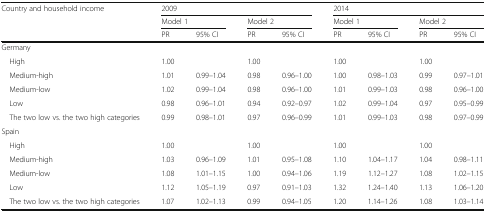
| <ROWSPAN=3> Country and household income | <COLSPAN=4> 2009 | <COLSPAN=4> 2014 |
 | <COLSPAN=2> Model 1 | <COLSPAN=2> Model 2 | <COLSPAN=2> Model 1 | <COLSPAN=2> Model 2 |
 | PR | 95% CI | PR | 95% CI | PR | 95% CI | PR | 95% CI |
 | --- | --- | --- | --- | --- | --- | --- | --- | --- |
 | <COLSPAN=9> Germany |
 | High | 1.00 |  | 1.00 |  | 1.00 |  | 1.00 |  |
 | Medium-high | 1.01 | 0.99–1.04 | 0.98 | 0.96–1.00 | 1.00 | 0.98–1.03 | 0.99 | 0.97–1.01 |
 | Medium-low | 1.02 | 0.99–1.04 | 0.98 | 0.96–1.00 | 1.01 | 0.99–1.03 | 0.98 | 0.96–1.00 |
 | Low | 0.98 | 0.96–1.01 | 0.94 | 0.92–0.97 | 1.02 | 0.99–1.04 | 0.97 | 0.95–0.99 |
 | The two low vs. the two high categories | 0.99 | 0.98–1.01 | 0.97 | 0.96–0.99 | 1.01 | 0.99–1.03 | 0.98 | 0.97–0.99 |
 | <COLSPAN=9> Spain |
 | High | 1.00 |  | 1.00 |  | 1.00 |  | 1.00 |  |
 | Medium-high | 1.03 | 0.96–1.09 | 1.01 | 0.95–1.08 | 1.10 | 1.04–1.17 | 1.04 | 0.98–1.11 |
 | Medium-low | 1.08 | 1.01–1.15 | 1.00 | 0.94–1.06 | 1.19 | 1.12–1.27 | 1.08 | 1.02–1.15 |
 | Low | 1.12 | 1.05–1.19 | 0.97 | 0.91–1.03 | 1.32 | 1.24–1.40 | 1.13 | 1.06–1.20 |
 | The two low vs. the two high categories | 1.07 | 1.02–1.13 | 0.99 | 0.94–1.05 | 1.20 | 1.14–1.26 | 1.08 | 1.03–1.14 |